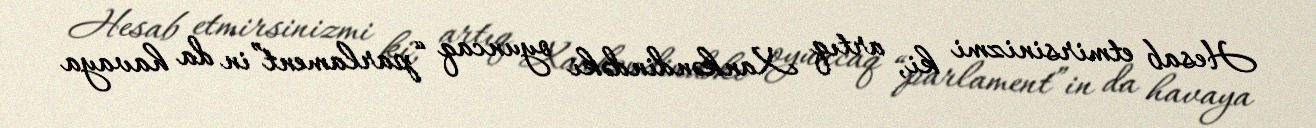
Hesab etmirsinizmi ki, artıq Xankəndindəki oyuncaq “parlament”in da havaya